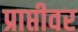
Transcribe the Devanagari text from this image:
प्राप्तीवर